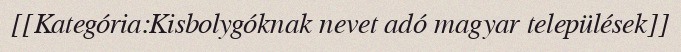
[[Kategória:Kisbolygóknak nevet adó magyar települések]]